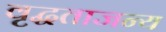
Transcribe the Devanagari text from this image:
वृद्धताजन्य